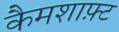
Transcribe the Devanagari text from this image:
कैमशाफ़्ट